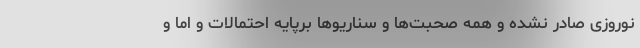
نوروزی صادر نشده و همه صحبت‌ها و سناریوها برپایه احتمالات و اما و